Bombay plague: being a history of the progress of plague in the Bombay presidency from September 1896 to June 1899
Year: 1896
Disease focus: Plague
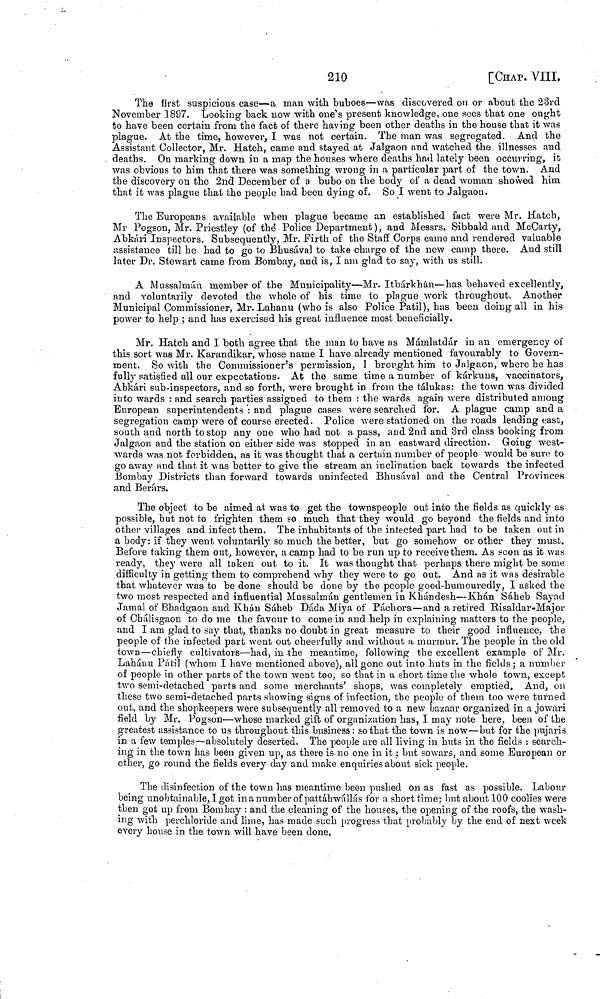
210
[CHAP. VIII.
The first suspicious case—a man with buboes—was discovered on or about the 23rd
November 1897. Looking back now with one's present knowledge, one sees that one ought
to have been certain from the fact of there having been other deaths in the house that it was
plague. At the time, however, I was not certain. The man was segregated. And the
Assistant Collector, Mr. Hatch, came and stayed at Jalgaon and watched the illnesses and
deaths. On marking down in a map the houses where deaths had lately been occurring, it
was obvious to him that there was something wrong in a particular part of the town. And
the discovery on the 2nd December of a bubo on the body of a dead woman showed him
that it was plague that the people had been dying of. So I went to Jalgaon.
The Europeans available when plague became an established fact were Mr. Hatch,
Mr Pogson, Mr. Priestley (of the Police Department), and Messrs. Sibbald and McCarty,
Abkári Inspectors. Subsequently, Mr. Firth of the Staff Corps came and rendered valuable
assistance till he had to go to Bhusával to take charge of the new camp there. And still
later Dr. Stewart came from Bombay, and is, I am glad to say, with us still.
A Mussalmán member of the Municipality—Mr. Itbárkhán—has behaved excellently,
and voluntarily devoted the whole of his time to plague work throughout. Another
Municipal Commissioner, Mr. Lahanu (who is also Police Patil), has been doing all in his
power to help ; and has exercised his great influence most beneficially.
Mr. Hatch and I both agree that the man to have as Mámlatdár in an emergency of
this sort was Mr. Karandikar, whose name I have already mentioned favourably to Govern-
ment. So with the Commissioner's permission, I brought him to Jalgaon, where he has
fully satisfied all our expectations. At the same time a number of kárkuns, vaccinators,
Abkári sub-inspectors, and so forth, were brought in from the tálukas: the town was divided
into wards : and search parties assigned to them : the wards again were distributed among
European superintendents : and plague cases were searched for. A plague camp and a
segregation camp were of course erected. Police were stationed on the roads leading east,
south and north to stop any one who had not a pass, and 2nd and 3rd class booking from
Jalgaon and the station on either side was stopped in an eastward direction. Going west-
wards was not forbidden, as it was thought that a certain number of people would be sure to
go away and that it was better to give the stream an inclination back towards the infected
Bombay Districts than forward towards uninfected Bhusával and the Central Provinces
and Berárs.
The object to be aimed at was to get the townspeople out into the fields as quickly as
possible, but not to frighten them so much that they would go beyond the fields and into
other villages and, infect them. The inhabitants of the infected part had to be taken out in
a body: if they went voluntarily so much the better, but go somehow or other they must.
Before taking them out, however, a camp had to be run up to receive them. As scon as it was
ready, they were all taken out to it. It was thought that perhaps there might be some
difficulty in getting them to comprehend why they were to go out. And as it was desirable
that whatever was to be done should be clone by the people good-humouredly, I asked the
two most respected and influential Mussalmán gentlemen in Khándesh—Khan Sáheb Sayad
Jamal of Bhadgaon and Khán Sáheb Dáda Miya of Páchora—and a retired Risaldar-Major
of Chálisgaon to do me the favour to come in and help in explaining matters to the people,
and I am glad to say that, thanks no doubt in great measure to their good influence, the
people of the infected part went out cheerfully and without a murmur. The people in the old
town—chiefly cultivators—had, in the meantime, following the excellent example of Mr.
Lahánu Pátil (whom I have mentioned above), all gone out into huts in the fields; a number
of people in other parts of the town went too, so that in a short time the whole town, except
two semi-detached parts and some merchants' shops, was completely emptied. And, on
these two semi-detached parts showing signs of infection, the people of them too were turned
out, and the shopkeepers were subsequently all removed to a new bazaar organized in a jowari
field by Mr. Pogson—whose marked gift of organization has, I may note here, been of the
greatest assistance to us throughout this business: so that the town is now—but for the pujaris
in a few temples—absolutely deserted. The people are all living in huts in the fields : search-
ing in the town has been given up, as there is no one in it ; but sowars, and some European or
other, go round the fields every day and make enquiries about sick people.
The disinfection of the town has meantime been pushed on as fast as possible. Labour
being unobtainable, I got in a number of pattáhwállás for a short time: but about 100 coolies were
then got up from Bombay : and the cleaning of the houses, the opening of the roofs, the wash-
ing with perchloride and lime, has made such progress that probably by the end of next week
every house in the town will have been done.